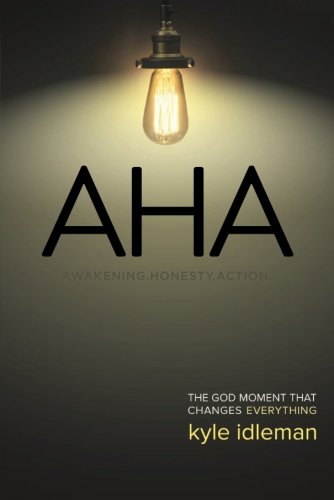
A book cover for AHA: The God Moment That Changes Everything; Kyle Idleman; Health, Fitness & Dieting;